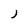
Character: J